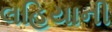
લહિયાની